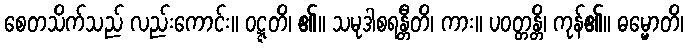
စေတသိက်သည် လည်းကောင်း။ ဝဋ္ဋတိ၊ ၏။ သမုဒါစရန္တီတိ၊ ကား။ ပဝတ္တန္တိ၊ ကုန်၏။ ဓမ္မောတိ၊